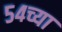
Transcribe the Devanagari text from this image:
५४च्या